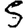
Digit: 5